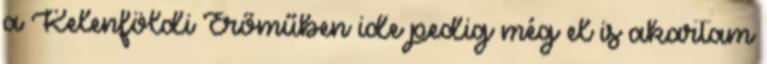
a Kelenföldi Erőműben ide pedig még el is akartam